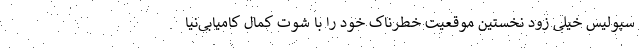
سپولیس خیلی زود نخستین موقعیت خطرناک خود را با شوت کمال کامیابی‌نیا